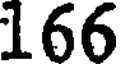
166